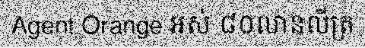
Agent Orange អស់ ៨០លានលីត្រ